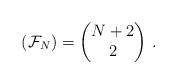
\begin{align*} (\mathcal{F}_N)=\begin{pmatrix} N+2\\2 \end{pmatrix}\,.\end{align*}